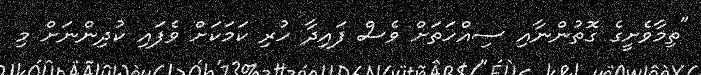
"ތިމާވެށީގެ ގޮތުންނާއި ސިއްހަތަށް ވެސް ފައިދާ ހުރި ކަމަކަށް ވެފައި ކުދިންނަށް މި